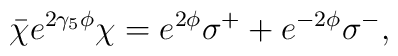
\bar{\chi}e^{2\gamma _{5}\phi }\chi =e^{2\phi }\sigma ^{+}+e^{-2\phi }\sigma^{-},